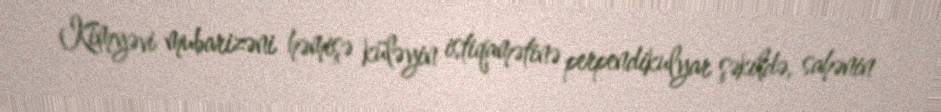
Kimyəvi mubarizəni həmişə küləyin istiqamətinə perpendikulyar şəkildə, sahənin